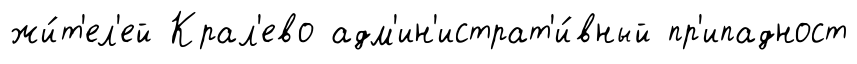
жи́т'ел'ей Крал'ево адм'ин'истрат'и́вный пр'ипадност